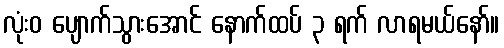
လုံးဝ ပျောက်သွားအောင် နောက်ထပ် ၃ ရက် လာရမယ်နော်။